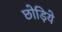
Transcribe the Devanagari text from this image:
छोड़िये